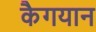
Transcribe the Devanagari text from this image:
कैगयान